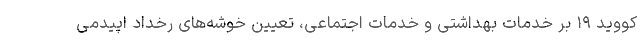
کووید ۱۹ بر خدمات بهداشتی و خدمات اجتماعی، تعیین خوشه‌های رخداد اپیدمی